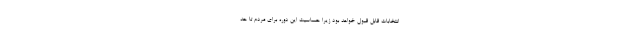
انتخابات قابل قبول خواهد بود زیرا حساسیت این دوره برای مردم تا حد